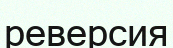
реверсия